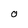
Character: O